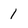
Character: 1